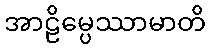
အာဠိမ္ပေဿာမာတိ